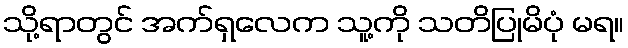
သို့ရာတွင် အက်ရှလေက သူ့ကို သတိပြုမိပုံ မရ။